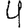
Digit: 4